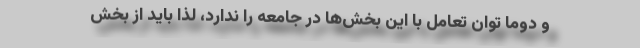
و دوما توان تعامل با این بخش‌ها در جامعه را ندارد، لذا باید از بخش‌